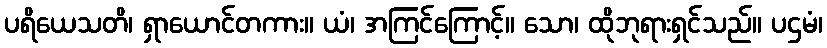
ပရိယေသတိ၊ ရှာယောင်တကား။ ယံ၊ အကြင်ကြောင့်။ သော၊ ထိုဘုရားရှင်သည်။ ပဌမံ၊